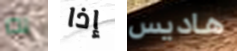
به إذا هاديس